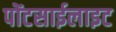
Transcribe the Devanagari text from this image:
पोंटसाईलाइट